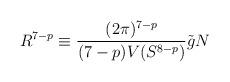
LaTeX: \begin{align*}R^{7-p} \equiv \frac{(2\pi)^{7-p}}{(7-p) V( S^{8-p} )} \tilde{g} N\end{align*}